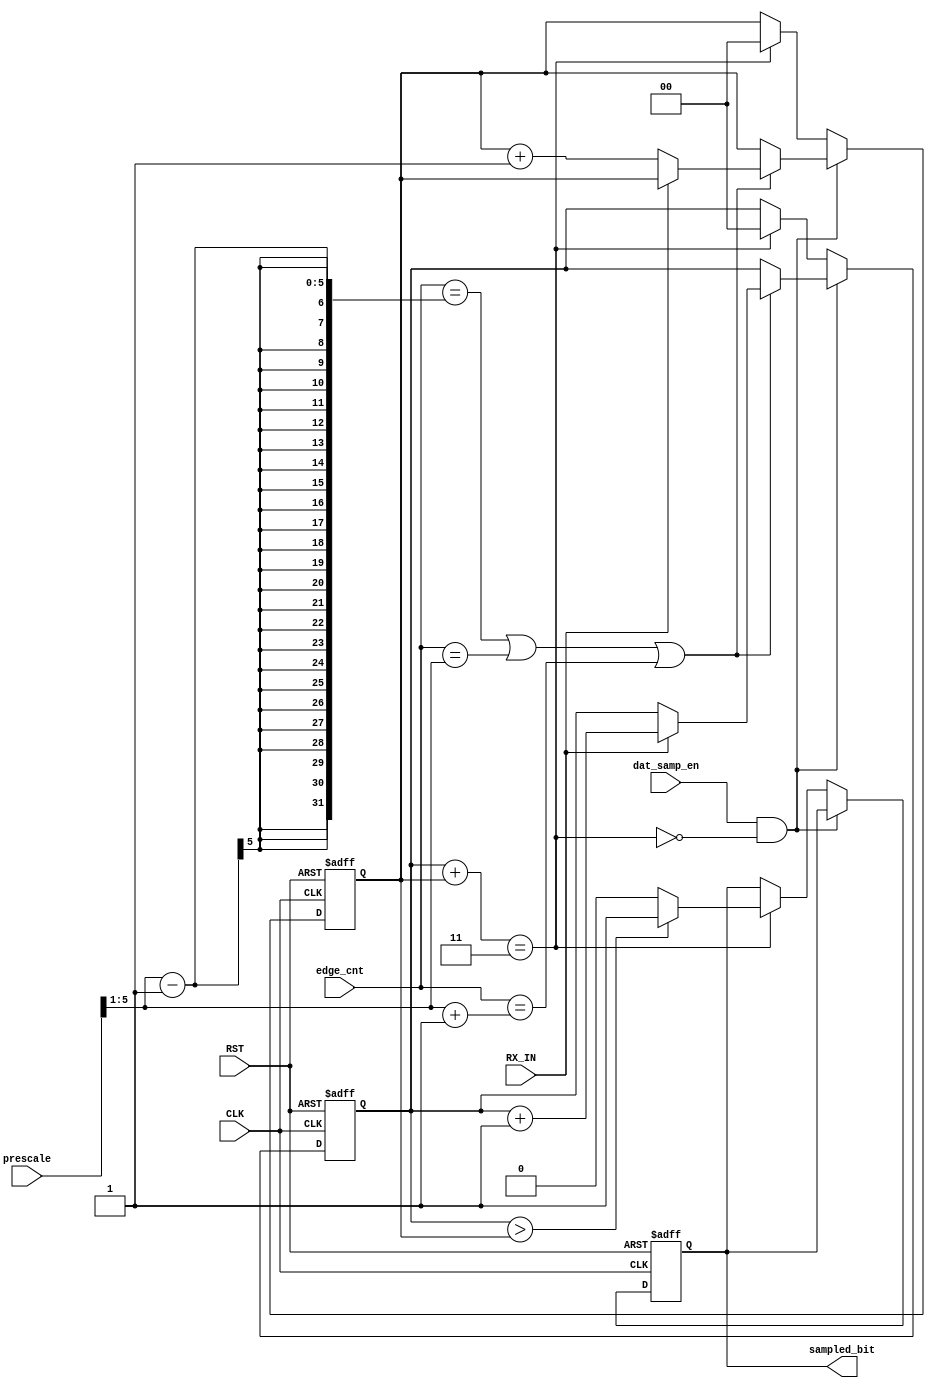
module data_sampling 
  (
  input wire dat_samp_en,
  input wire CLK,
  input wire RST,
  input wire RX_IN,
  input wire [5:0] prescale,
  input wire [5:0] edge_cnt,
  output reg sampled_bit
  );
  
  reg [1:0] count_one;
  reg [1:0] count_zero;
  
  assign finish = (((count_one + count_zero) == 3));
  
  always@(posedge CLK or negedge RST)
  begin
    if(!RST)
      begin
        sampled_bit <= 1'b0;
        count_one <= 2'b0;
        count_zero <= 2'b0;
      end
    else if (dat_samp_en && !finish) //or ^prescale)
      begin
        if ((edge_cnt == (prescale >> 1)-1) || (edge_cnt == ((prescale >> 1))) || (edge_cnt == ((prescale >> 1)+ 1)))
          begin
           if(RX_IN) count_one <= count_one + 1'b1; 
           else count_zero <= count_zero + 1'b1;
          end
      end
   else if (finish)
          begin
            if (count_one > count_zero) sampled_bit <= 1'b1;
            else sampled_bit <= 1'b0;
            count_one <= 2'b0;
            count_zero <= 2'b0;
          end
  end
endmodule